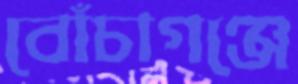
বোঁচাগঞ্জে